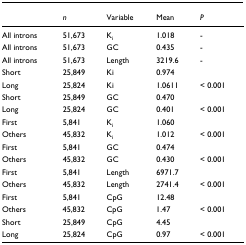
|  | n | Variable | Mean | P |
 | --- | --- | --- | --- | --- |
 | All introns | 51,673 | Ki | 1.018 | - |
 | All introns | 51,673 | GC | 0.435 | - |
 | All introns | 51,673 | Length | 3219.6 | - |
 | Short | 25,849 | Ki | 0.974 |  |
 | Long | 25,824 | Ki | 1.0611 | < 0.001 |
 | Short | 25,849 | GC | 0.470 |  |
 | Long | 25,824 | GC | 0.401 | < 0.001 |
 | First | 5,841 | Ki | 1.060 |  |
 | Others | 45,832 | Ki | 1.012 | < 0.001 |
 | First | 5,841 | GC | 0.474 |  |
 | Others | 45,832 | GC | 0.430 | < 0.001 |
 | First | 5,841 | Length | 6971.7 |  |
 | Others | 45,832 | Length | 2741.4 | < 0.001 |
 | First | 5,841 | CpG | 12.48 |  |
 | Others | 45,832 | CpG | 1.47 | < 0.001 |
 | Short | 25,849 | CpG | 4.45 |  |
 | Long | 25,824 | CpG | 0.97 | < 0.001 |